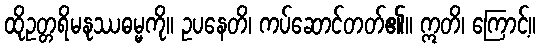
ထိုဥတ္တရိမနုဿဓမ္မကို။ ဥပနေတိ၊ ကပ်ဆောင်တတ်၏။ ဣတိ၊ ကြောင့်။